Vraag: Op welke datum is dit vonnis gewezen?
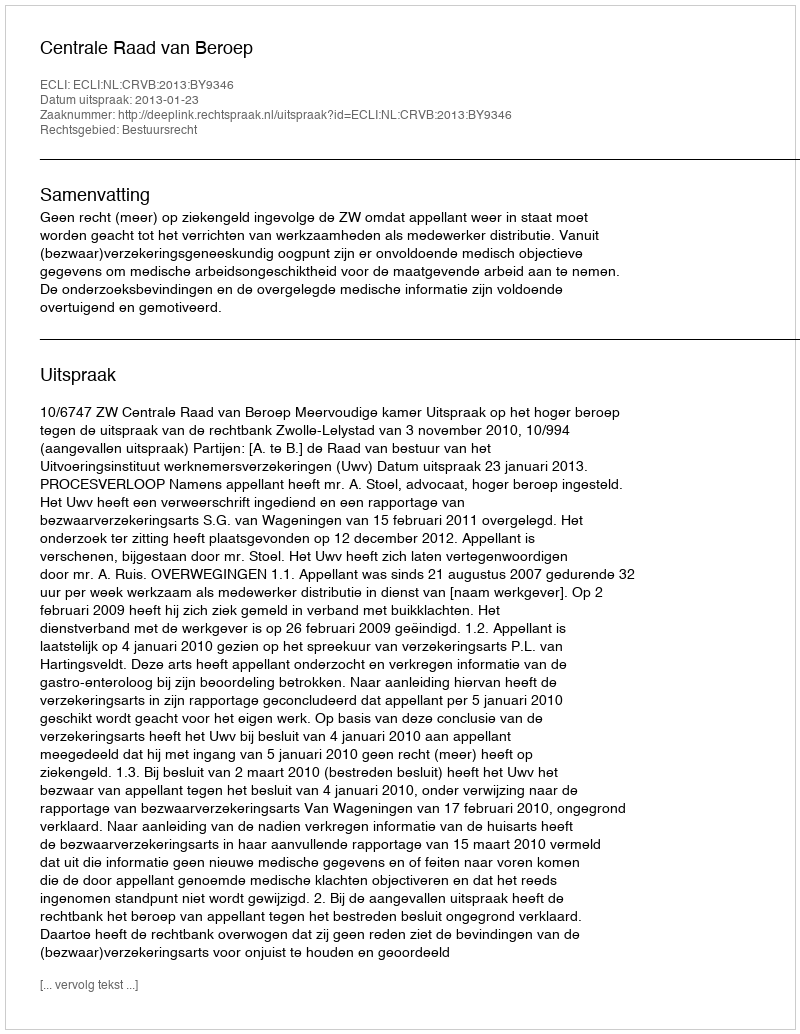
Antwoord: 2013-01-23